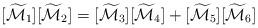
LaTeX: \begin{align*}[\widetilde{\mathcal{M}}_1] [\widetilde{\mathcal{M}}_2] = [\widetilde{\mathcal{M}}_3] [\widetilde{\mathcal{M}}_4] + [\widetilde{\mathcal{M}}_5] [\widetilde{\mathcal{M}}_6]\end{align*}